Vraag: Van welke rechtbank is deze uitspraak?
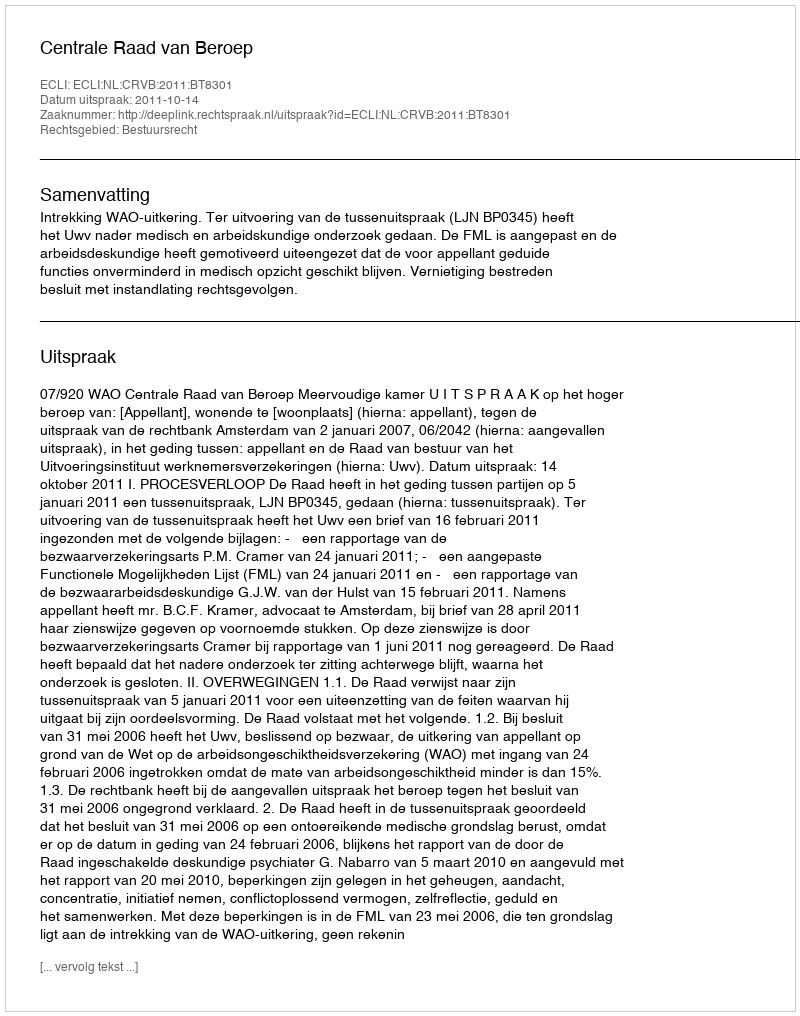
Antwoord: Centrale Raad van Beroep